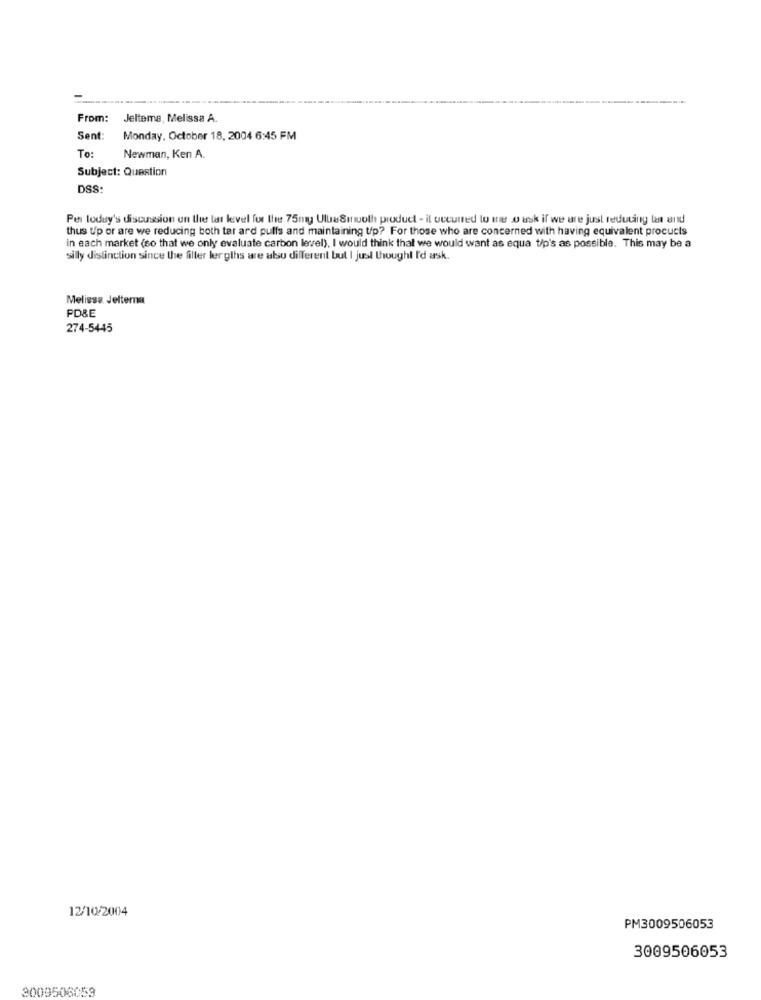
-------.
From:
Jeltema, Melissa A.
Sent:
Monday, October 18, 2004 6:45 FM
To:
Newman, Ken A.
Subject: Question
DSS:
Per today's discussion on the tar level for the 75my UllaSinuoth product - il occurred to mne w ask if we are just reducing tas and
thus up or are we reducing both tar ard puffs and maintaining tip? For those who are concerned with having equivalent procucts
in each market (so that we only evaluate carbon level), I would think that we would want as equa tip's as possible. This may be a
silly distinction since the filter lerghs are also different but I just thought I'd ask.
Melisse Jeltema
PD&E
274-5445
12/10/2004
PM3009506053
3009506053
3009506053